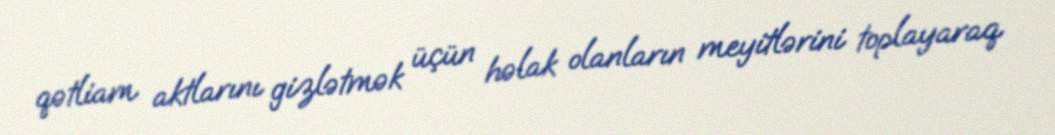
qətliam aktlarını gizlətmək üçün həlak olanların meyitlərini toplayaraq